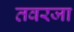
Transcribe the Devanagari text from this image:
तवरजा